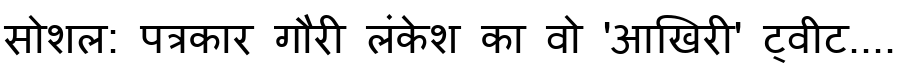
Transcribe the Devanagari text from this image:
सोशल: पत्रकार गौरी लंकेश का वो 'आखिरी' ट्वीट....